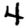
Digit: 4